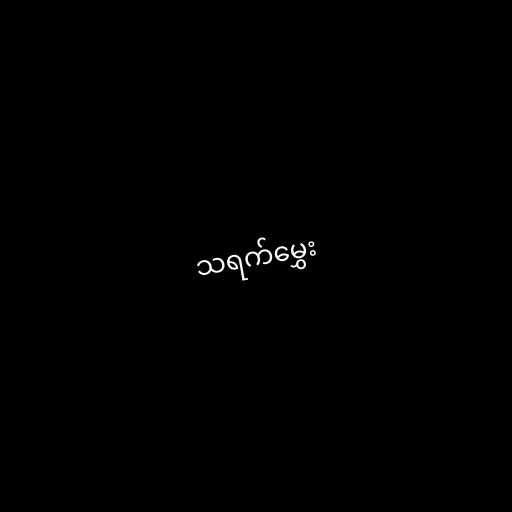
သရက်မွှေး